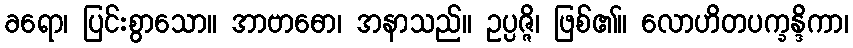
ခရော၊ ပြင်းစွာသော။ အာဗာဓော၊ အနာသည်။ ဥပ္ပဇ္ဇိ၊ ဖြစ်၏။ လောဟိတပက္ခန္ဒိကာ၊